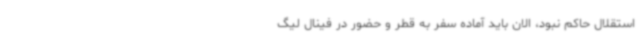
استقلال حاکم نبود، الان باید آماده سفر به قطر و حضور در فینال لیگ